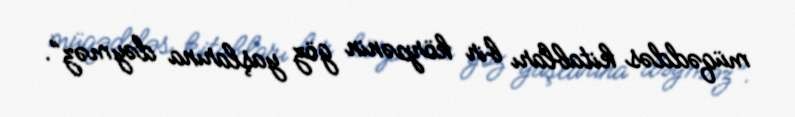
müqəddəs kitabları bir körpənin göz yaşlarına dəyməz”.